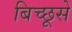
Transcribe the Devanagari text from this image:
बिच्छूसे